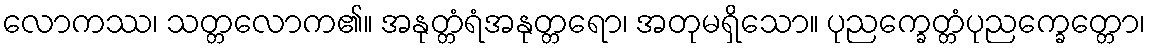
လောကဿ၊ သတ္တလောက၏။ အနုတ္တံရံအနုတ္တရော၊ အတုမရှိသော။ ပုညက္ခေတ္တံပုညက္ခေတ္တော၊